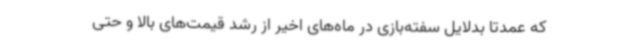
که عمدتا بدلایل سفته‌بازی در ماه‌های اخیر از رشد قیمت‌های بالا و حتی